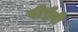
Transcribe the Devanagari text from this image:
पीईपी